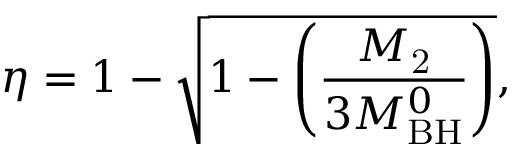
\eta = 1 - \sqrt { 1 - \left( \frac { M _ { \mathrm { 2 } } } { 3 M _ { \mathrm { B H } } ^ { 0 } } \right) } ,